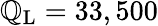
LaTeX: \mathbb{Q}_{\mathrm{{L}}}=33,500